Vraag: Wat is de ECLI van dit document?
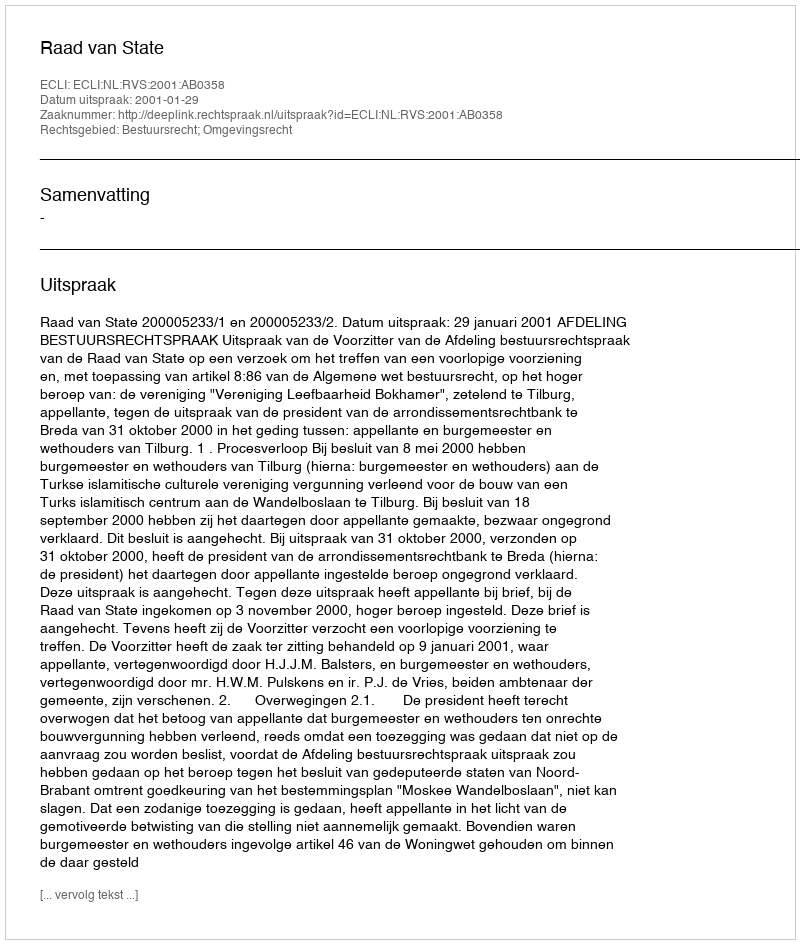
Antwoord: ECLI:NL:RVS:2001:AB0358